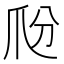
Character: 𤓼